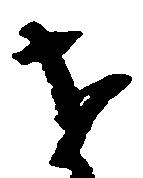
を